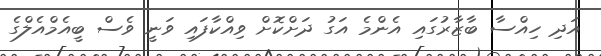
އަދި ހިއްސާ ބާޒާރުގައި އެންމެ އަގު ދަށްކޮށް ވިއްކާފައި ވަނީ ވެސް ބީއެމްއެލްގެ